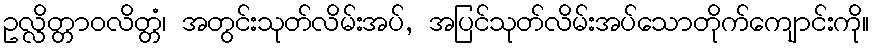
ဥလ္လိတ္တာဝလိတ္တံ၊ အတွင်းသုတ်လိမ်းအပ်, အပြင်သုတ်လိမ်းအပ်သောတိုက်ကျောင်းကို။